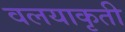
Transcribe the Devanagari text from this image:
वलयाकृती